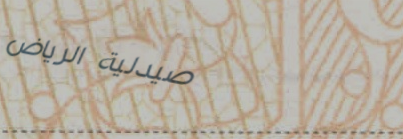
صيدلية الرياض